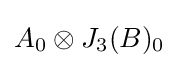
A_{0}\otimes J_{3}(B)_{0}